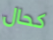
كحال